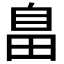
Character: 𦤏